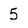
Character: 5